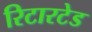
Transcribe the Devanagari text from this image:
रिटारटेड